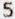
5